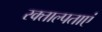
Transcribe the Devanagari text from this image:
रक्ताल्पताएं